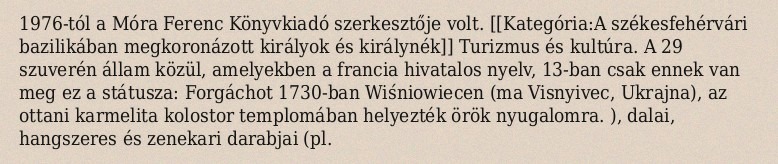
1976-tól a Móra Ferenc Könyvkiadó szerkesztője volt. [[Kategória:A székesfehérvári bazilikában megkoronázott királyok és királynék]] Turizmus és kultúra. A 29 szuverén állam közül, amelyekben a francia hivatalos nyelv, 13-ban csak ennek van meg ez a státusza: Forgáchot 1730-ban Wiśniowiecen (ma Visnyivec, Ukrajna), az ottani karmelita kolostor templomában helyezték örök nyugalomra. ), dalai, hangszeres és zenekari darabjai (pl.